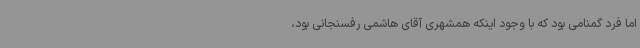
اما فرد گمنامی بود که با وجود اینکه همشهری آقای هاشمی رفسنجانی بود،